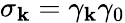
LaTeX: \sigma_{\mathbf{k}}=\gamma_{\mathbf{k}}\gamma_{0}